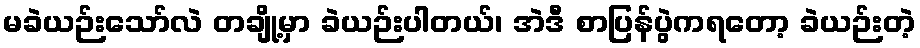
မခဲယဉ်းသော်လဲ တချို့မှာ ခဲယဉ်းပါတယ်၊ အဲဒီ စာပြန်ပွဲကရတော့ ခဲယဉ်းတဲ့